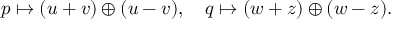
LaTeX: p \mapsto ( u + v ) \oplus ( u - v ) , \quad q \mapsto ( w + z ) \oplus ( w - z ) .